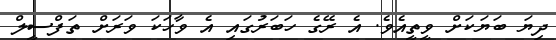
ދިޔަ ބަޔަކަށް ވީތީއެވެ. އެ ރޭގެ ހަބަރުގައި އެ ވާހަކަ ވަރަށް ތަފްސީލް